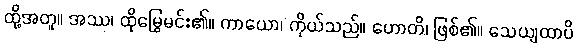
ထို့အတူ။ အဿ၊ ထိုမြွေမင်း၏။ ကာယော၊ ကိုယ်သည်။ ဟောတိ၊ ဖြစ်၏။ သေယျထာပိ